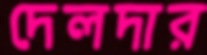
দেলদার